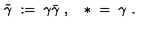
\tilde { \gamma } \ : = \ \gamma \bar { \gamma } \ , \quad * \ = \ \gamma \ .